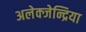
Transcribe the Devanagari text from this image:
अलेक्जेन्द्रिया